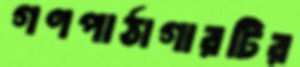
গণপাঠাগারটির